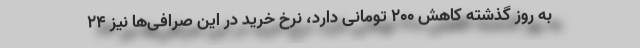
به روز گذشته کاهش ۲۰۰ تومانی دارد، نرخ خرید در این صرافی‌ها نیز ۲۴